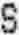
S